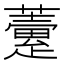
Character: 𧀶